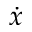
\dot { x }